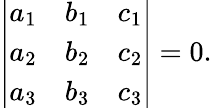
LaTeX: \left|{\begin{array}{lll}{a_{1}}&{b_{1}}&{c_{1}}\\ {a_{2}}&{b_{2}}&{c_{2}}\\ {a_{3}}&{b_{3}}&{c_{3}}\end{array}}\right|=0.